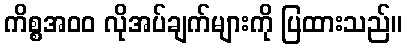
ကိစ္စအ၀၀ လိုအပ်ချက်များကို ပြထားသည်။